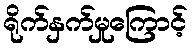
ရိုက်နှက်မှုကြောင့်